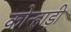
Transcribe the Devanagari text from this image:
कोन्हाड़ी